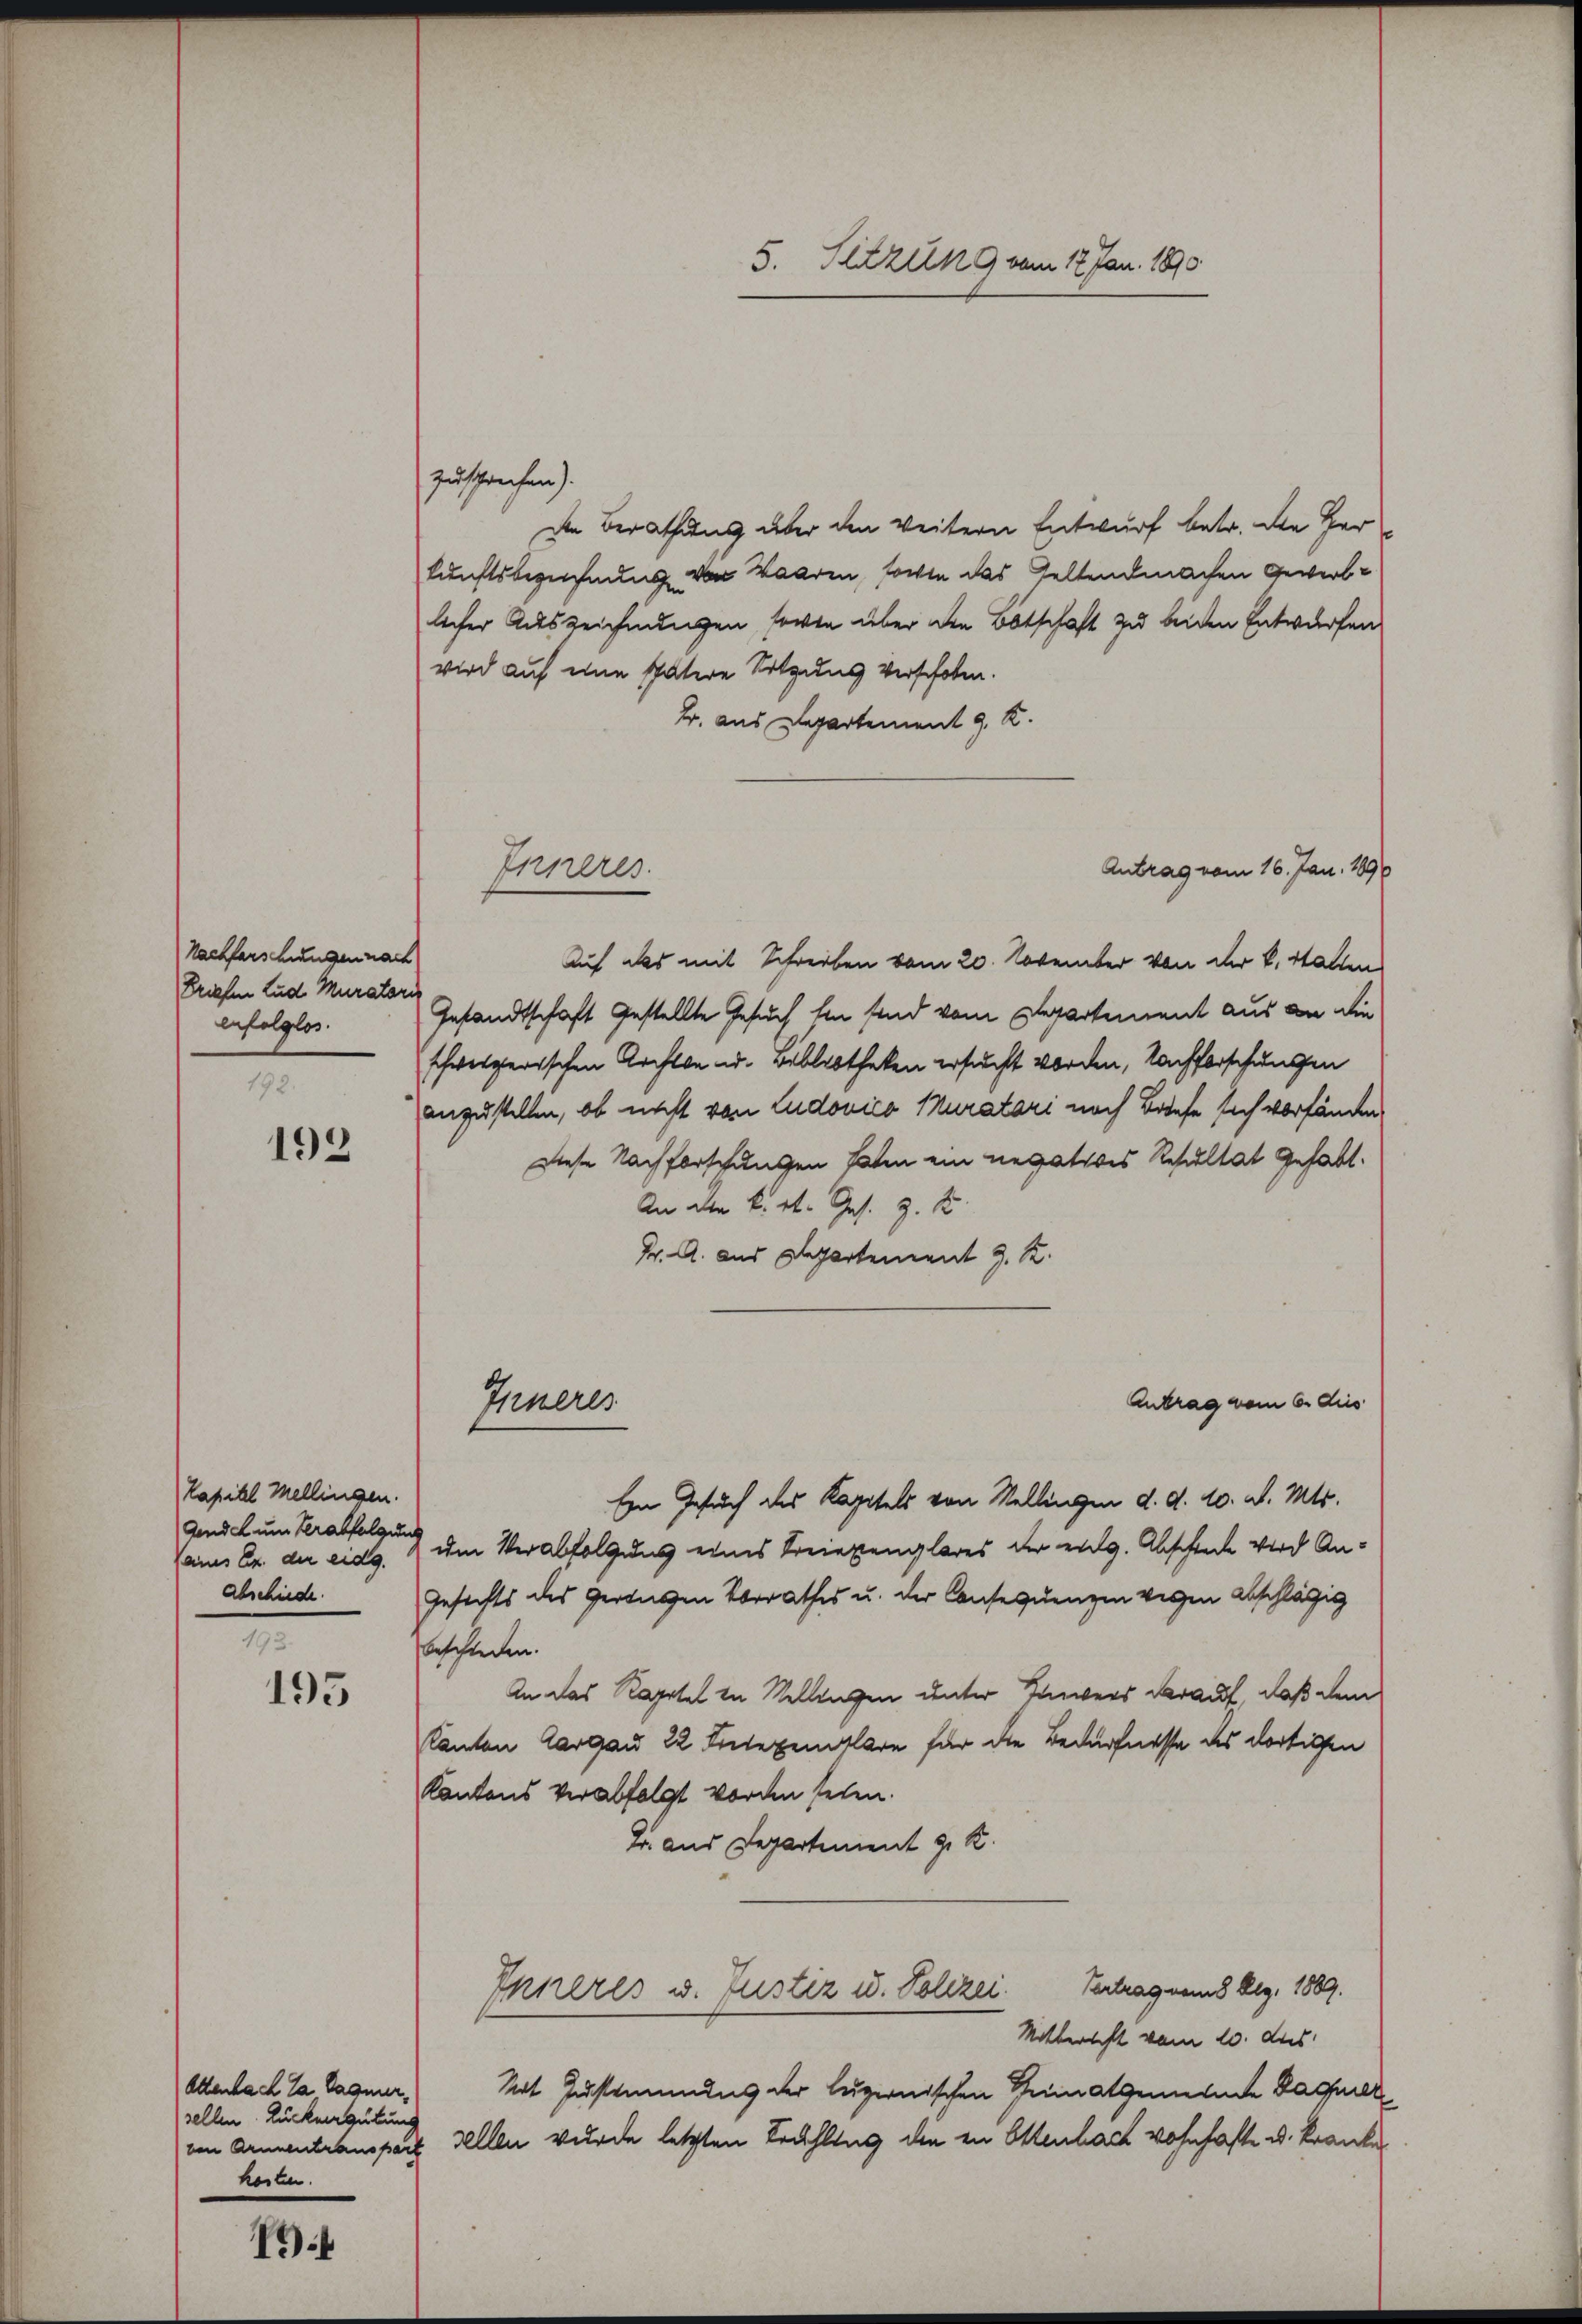
Nachforschungen nach
Briefen Lud Muratori
enfolglos.
192.

192

Kapitel Mellingen.
gendet um Verabfolgung
Cenes Ex. der eidg.
abschiede
2

195

Attenbach da Sagner,
sellen Ruckergütung
hosten.

1

zusprechen).
de Berathung über den weitern Entwurf betr. die Her
kunftsbezeichnung von Waaren, sowie das Geltendmachen Gewerblicher Auszeichnungen sowie über den Botschaft zu beiden Entwürfen
wird auf eine spätere Folgung verschoben.
B. aus Departement 9. K.
Antrag vom 16. Jan. 1890
Auf alls mit Schreiben vom 20. November von der k. Statten
Gesandtschaft gestellte Gesuch hin sind vom Departement aus an die
schweizerischen Archte u. Bibliotheken ersucht worden, Nachforschungen
anzustellen, ob nicht von Ludovico Muratori noch Briefe sich verfänden.
Diese Nachforschungen haten ein negatives Resultat gehabt.
An die k. k. Ges. z. B.
K. A. aus Departement J. K.
Antrag vom 6. dies
Inneres
Ein Gesuch des Kapitels von Stellingen d. d. 10. d. Mts.
um Verabfolgung eines Kreiepenglares der eidg. Abschiede wird An¬
Gesichts des geringen Vorrathes u. der Consequenzen vergen abschlägig
beschieden.
An das Kapitel in Stellingen unter Iners darauf, daß dem
Kanton Aargau 22 Seitexemplare für die Bedürfnisse des dortigen
Kantons verabfolgt worden sehen.
J. aus Departement z. K.
Vertrag vom 8 Aug. 1889.
Inneres u. Justiz u. Polizei.
Mitbericht vom 10. ds.
Mit Zustimmung der luzernischen Heimatgemeinde Daquell
von Armentranspar Zellen wurde letzten Frühling den in Ottenbach wohnhafte u. kranke

5. Setzung vom 17. Jan. 1890

Inneres